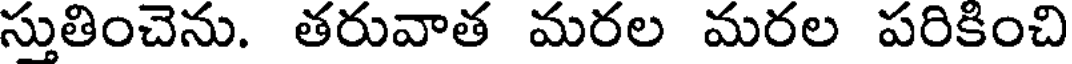
స్తుతించెను. తరువాత మరల మరల పరికించి